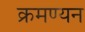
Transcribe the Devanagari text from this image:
क्रमण्यन